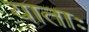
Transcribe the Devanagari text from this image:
याताः